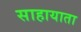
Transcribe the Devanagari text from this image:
साहायाता